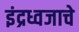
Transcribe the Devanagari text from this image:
इंद्रध्वजाचे